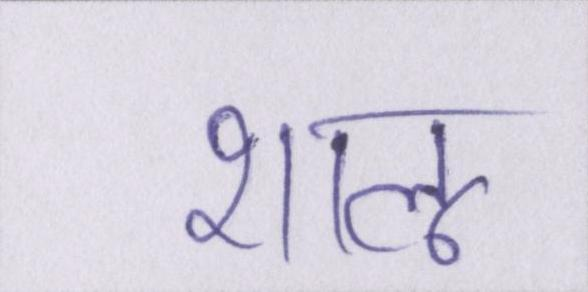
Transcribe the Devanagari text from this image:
शालू